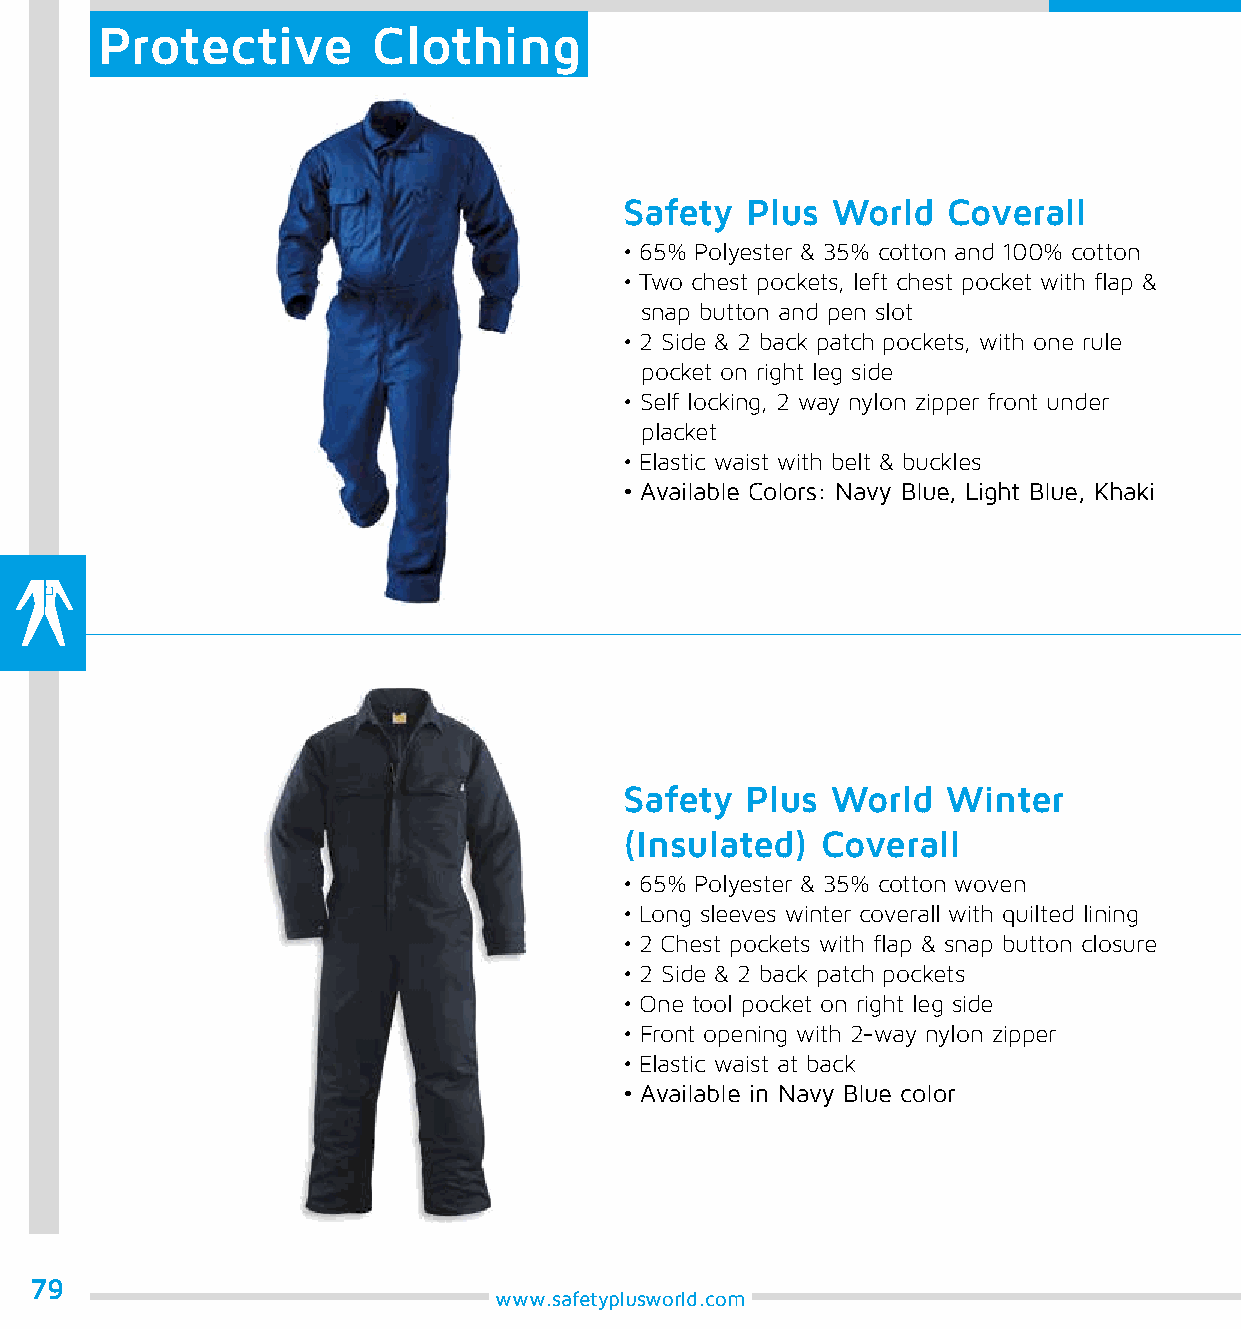
Protective         Clothing
 Safety  Plus  World   Coverall
 • 65% Polyester & 35% cotton and 100% cotton
 • Two chest pockets, left chest pocket with flap &
 snap button and pen slot
 • 2 Side & 2 back patch pockets, with one rule
 pocket on right leg side
 • Self locking, 2 way nylon zipper front under
 placket
 • Elastic waist with belt & buckles
 • Available Colors: Navy Blue, Light Blue, Khaki
 Safety  Plus  World   Winter
 (Insulated)  Coverall
 • 65% Polyester & 35% cotton woven
 • Long sleeves winter coverall with quilted lining
 • 2 Chest pockets with flap & snap button closure
 • 2 Side & 2 back patch pockets
 • One tool pocket on right leg side
 • Front opening with 2-way nylon zipper
 • Elastic waist at back
 • Available in Navy Blue color
 79
 www.safetyplusworld.com